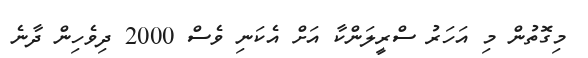
މިގޮތުން މި އަހަރު ސްރީލަންކާ އަށް އެކަނި ވެސް 2000 ދިވެހިން ދާނެ